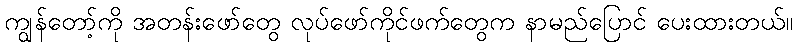
ကျွန်တော့်ကို အတန်းဖော်တွေ လုပ်ဖော်ကိုင်ဖက်တွေက နာမည်ပြောင် ပေးထားတယ်။